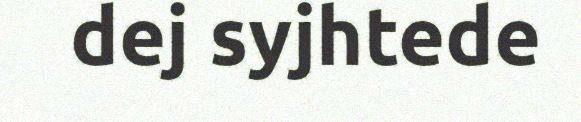
dej syjhtede